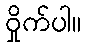
ဝှိုက်ပါ။